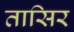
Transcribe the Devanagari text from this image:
तासिर